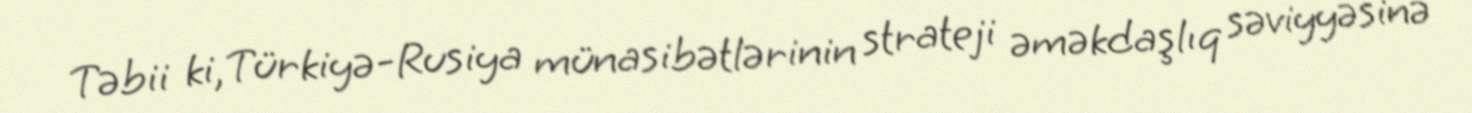
Təbii ki, Türkiyə-Rusiya münasibətlərinin strateji əməkdaşlıq səviyyəsinə